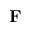
\mathbf { F }